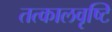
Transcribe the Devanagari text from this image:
तत्कालवृष्टि